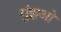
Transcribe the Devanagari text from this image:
गुंझओ